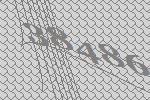
38486